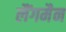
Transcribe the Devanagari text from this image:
लैंगमैन